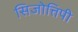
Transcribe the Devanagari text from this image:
सिजोत्तिपी